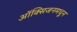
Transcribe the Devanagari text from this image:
ऑक्सिजनमधून